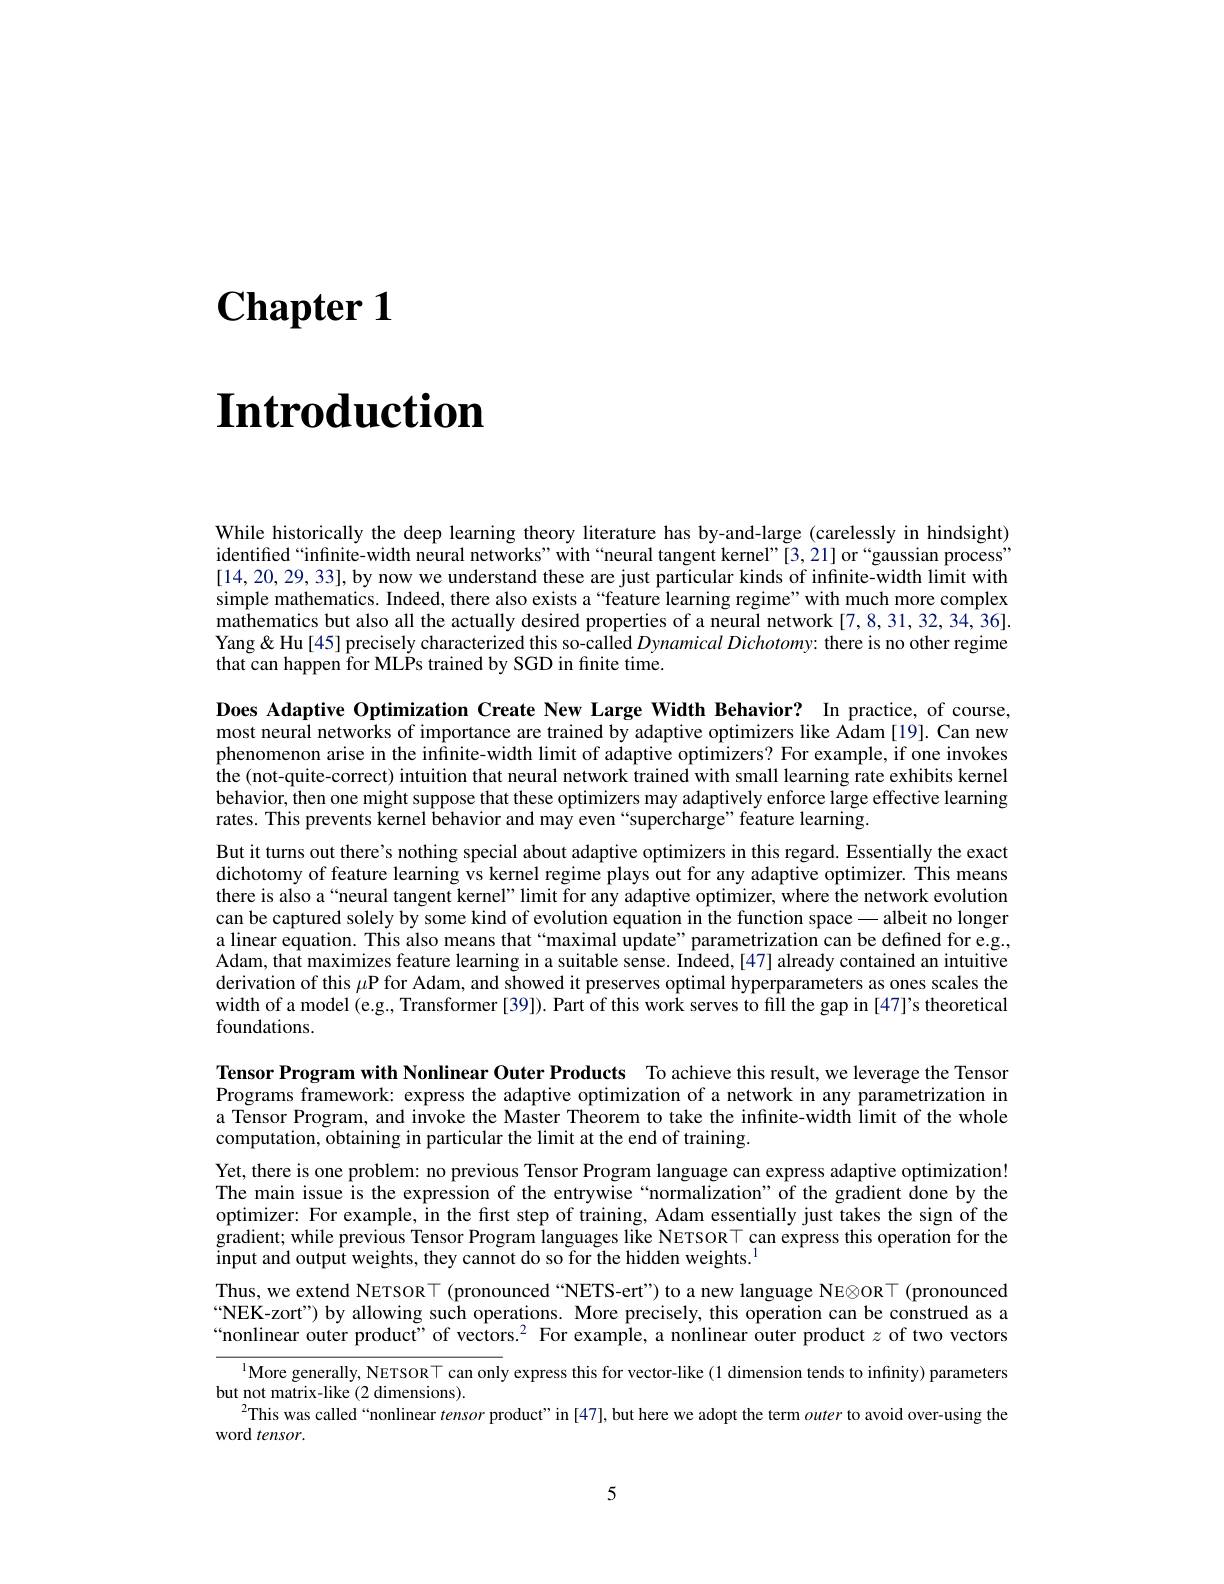
$\textbf{Chapter 1}$

$\textbf{Introduction}$

While historically the deep learning theory literature has by-and-large (carelessly in hindsight) identified“infinite-width neural networks” with“neural tangent kernel”[3,21] or“gaussian process" [14,20,29,33],by now we understand these are just particular kinds of infinite-width limit with simple mathematics. Indeed, there also exists a“feature learning regime”with much more complex mathematics but also all the actually desired properties of a neural network [7,8,31,32,34,36]. Yang& Hu [45] precisely characterized this so-called Dynamical Dichotomy: there is no other regime that can happen for MLPs trained by SGD in finite time.

Does Adaptive Optimization Create New Large Width Behavior? In practice, of course, most neural networks of importance are trained by adaptive optimizers like Adam [19]. Can new phenomenon arise in the infinite-width limit of adaptive optimizers? For example, if one invokes the (not-quite-correct) intuition that neural network trained with small learning rate exhibits kernel behavior, then one might suppose that these optimizers may adaptively enforce large effective learning rates. This prevents kernel behavior and may even“supercharge”feature learning.
But it turns out there's nothing special about adaptive optimizers in this regard. Essentially the exact dichotomy of feature learning vs kernel regime plays out for any adaptive optimizer. This means there is also a“neural tangent kernel” limit for any adaptive optimizer, where the network evolution can be captured solely by some kind of evolution equation in the function space — albeit no longer a linear equation. This also means that“maximal úpdate”parametrization can be defined for eg., Adam, that maximizes feature learning in a suitable sense. Indeed,[47] already contained an intuitive derivation of this $\mu$P for Adam, and showed it preserves optimal hyperparameters as ones scales the width of a model (e.g., Transformer [39]). Part of this work serves to fill the gap in [47]'s theoretical foundations.

Tensor Program with Nonlinear Outer Products To achieve this result, we leverage the Tensor Programs framework: express the adaptive optimization of a network in any parametrization in a Tensor Program, and invoke the Master Theorem to take the infnite-width limit of the whole computation, obtaining in particular the limit at the end of training.

Yet, there is one problem: no previous Tensor Program language can express adaptive optimization! The main issue is the expression of the entrywise “normalization”of the gradient done by the optimizer: For example, in the fırst step of training, Adam essentially just takes the sign of the $\hat{\text{gradient; while previous Tensor Program languages like NETSOR}}$T can express this operation for the $\tilde{\text{input and output weights, they cannot do so for the hidden weights.}^{1}}$
Thus, we extend NETSORT (pronounced “NETS-ert”) to a new language NE⊗ORT (pronounced $“$NEK-zort") by allowing such operations. More precisely, this operation can be construed as a “nonlinear outer product" of vectors.$^2$ For example, a nonlinear outer product $z$ of two vectors
$^{1}$More generally, NETSOR$\top$ can only express this for vector-like(1 dimension tends to infinity) parameters
but not matrix-like (2 dimensions).
$^{2}$This was called“nonlinear tensor product”in[47], but here we adopt the term outer to avoid over-using the
word tensor.

5